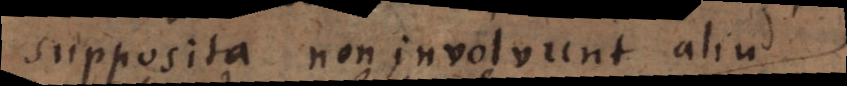
supposita non involvunt aliud.